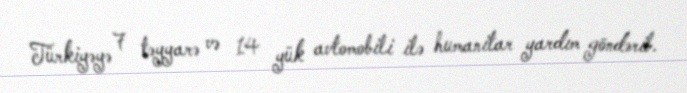
Türkiyəyə 7 təyyarə və 14 yük avtomobili ilə humanitar yardım göndərib.